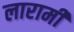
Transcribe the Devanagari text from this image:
लारामी